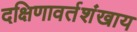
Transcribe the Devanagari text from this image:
दक्षिणावर्तशंखाय